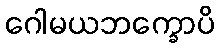
ဂေါမယဘက္ခောပိ